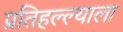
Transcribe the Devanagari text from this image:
प्रतिहल्ल्याला